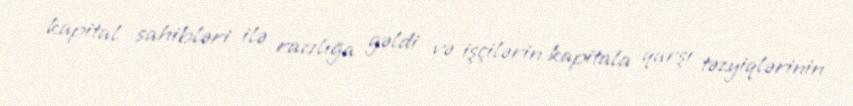
kapital sahibləri ilə razılığa gəldi və işçilərin kapitala qarşı təzyiqlərinin